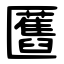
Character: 匶